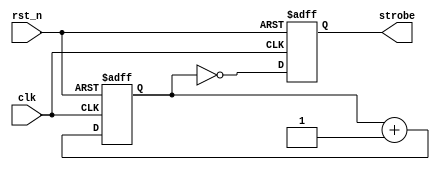
module strobe_generator
# (
    parameter w = 24
)
(
    input      clk,
    input      rst_n,
    output reg strobe
);

    reg [w - 1:0] cnt;

    always @ (posedge clk or negedge rst_n)
        if (! rst_n)
            cnt <= { w { 1'b0 } };
        else
            cnt <= cnt + 1'b1;

    always @ (posedge clk or negedge rst_n)
        if (! rst_n)
            strobe <= 1'b0;
        else
            strobe <= (cnt [w - 1:0] == 1'b0);

endmodule